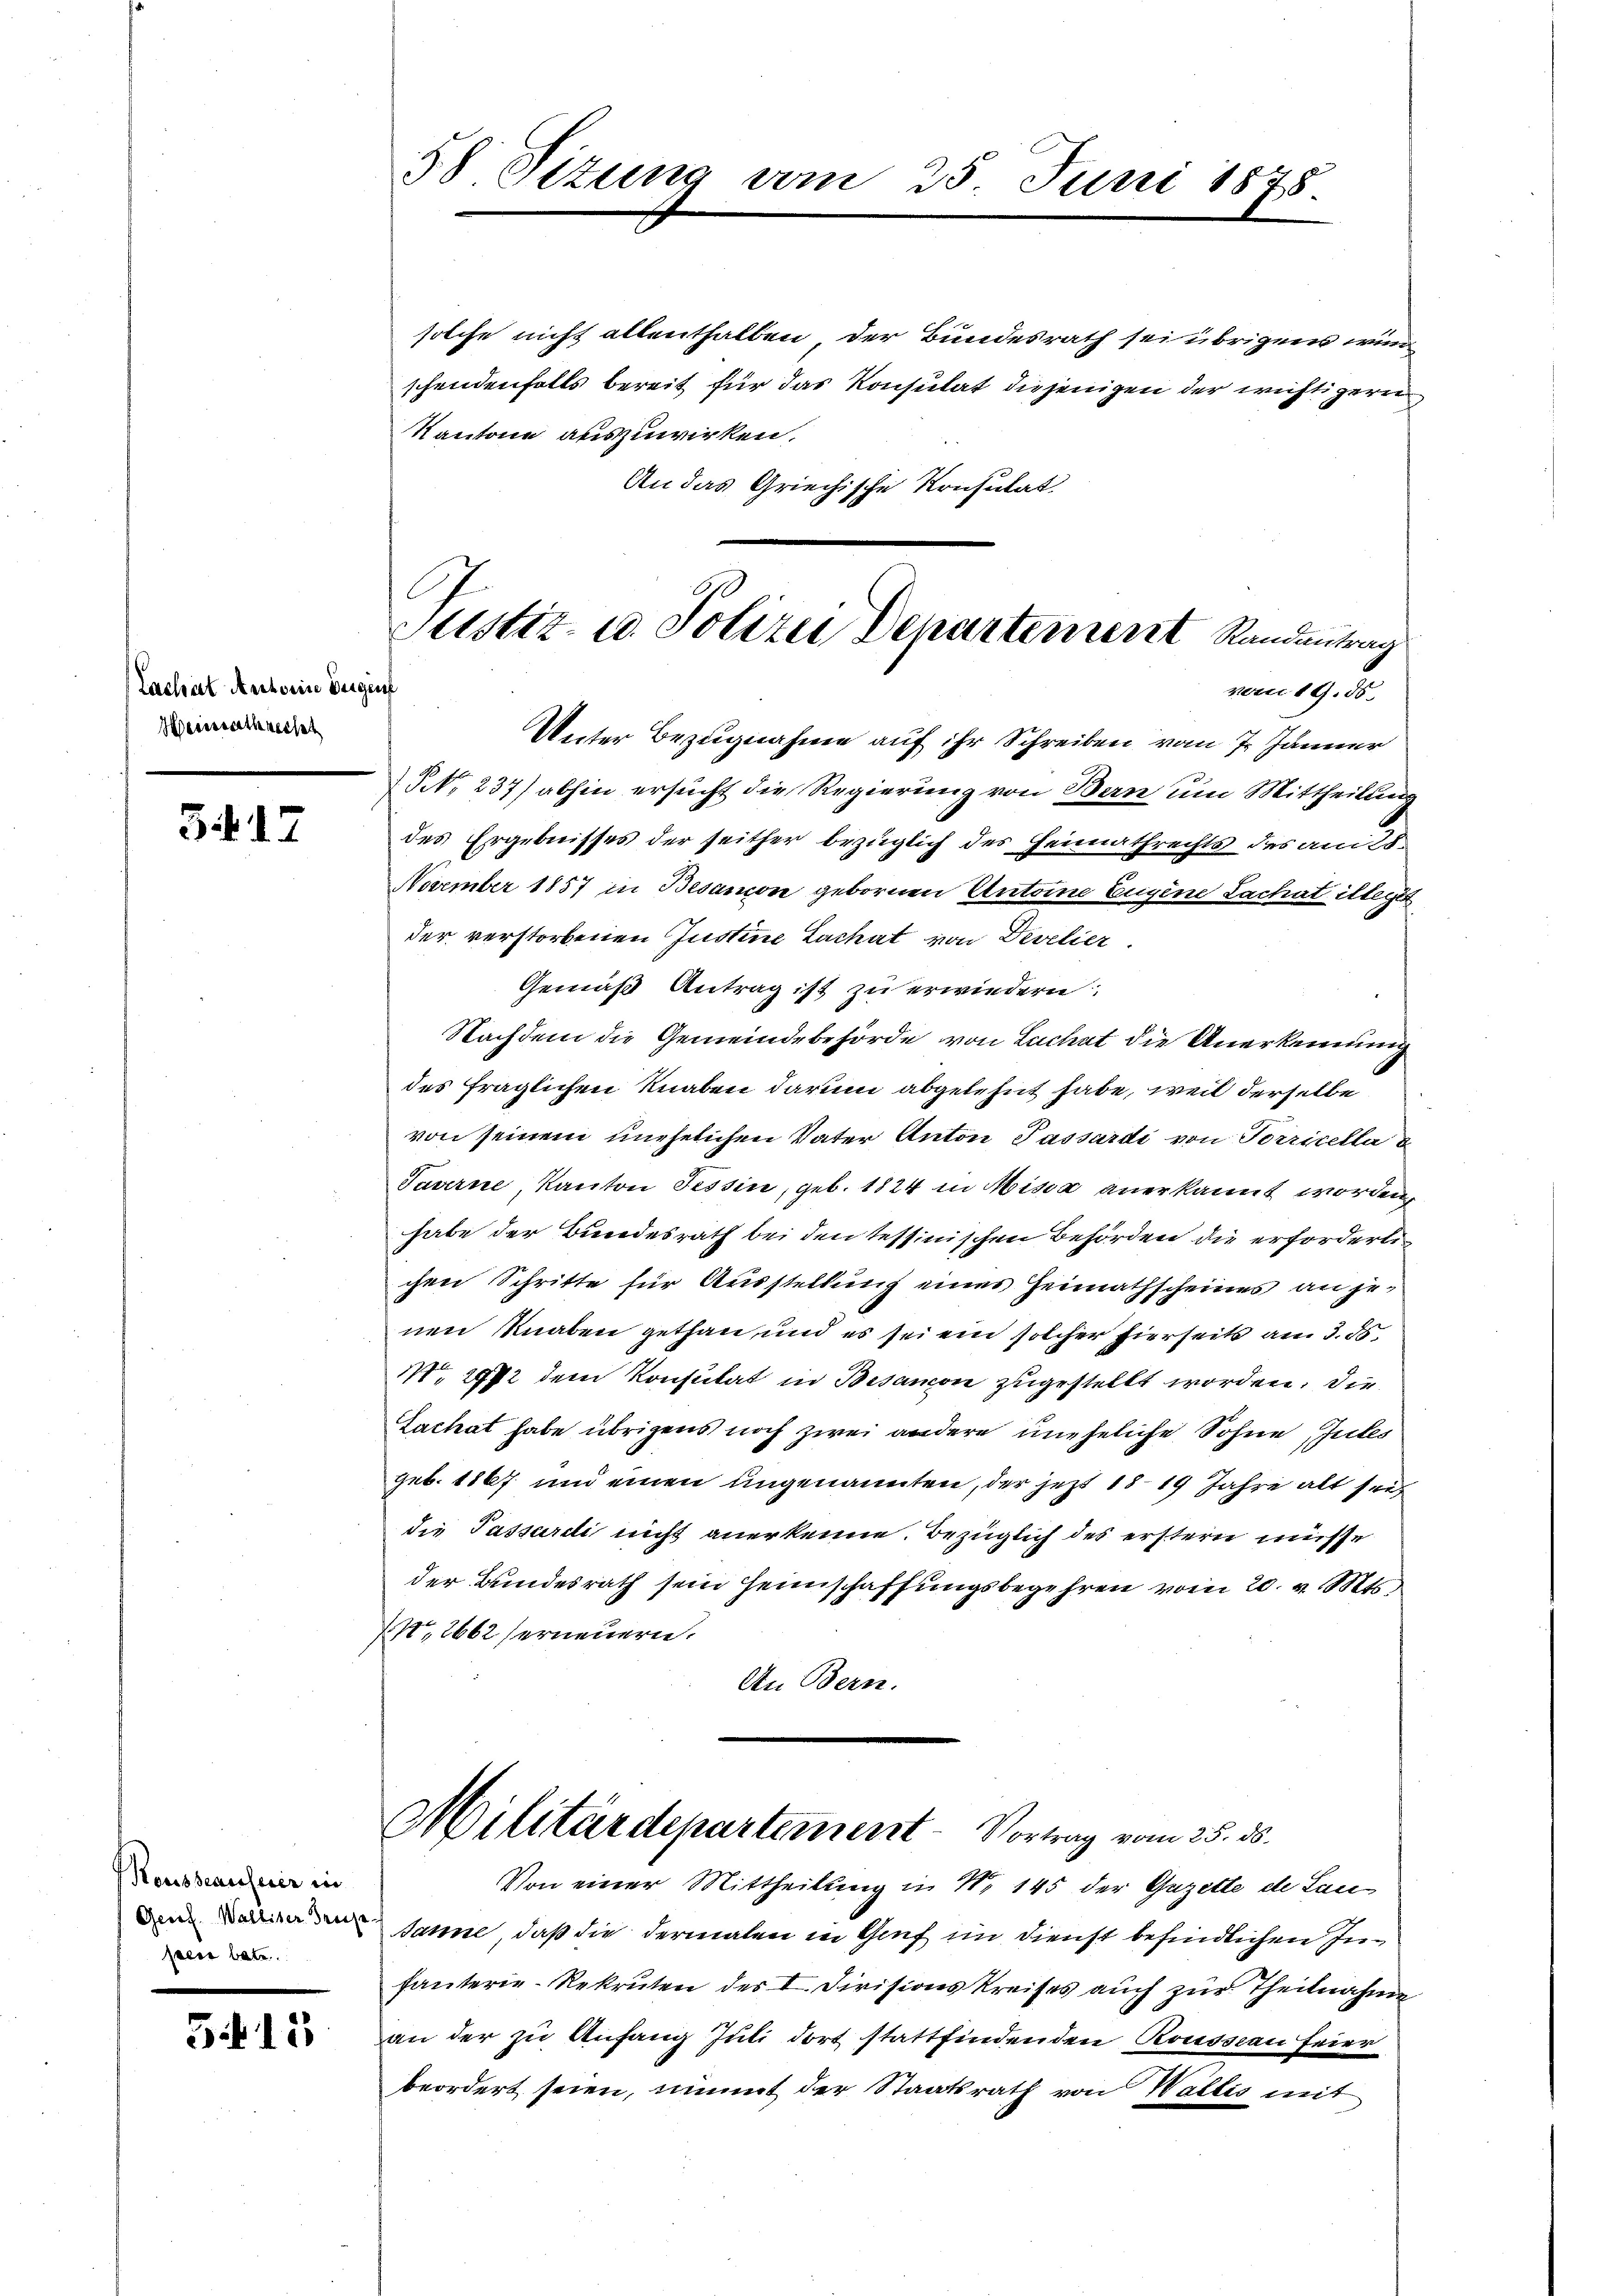
Zachat Antoine Begrif
Heisschreise

3. 17

Housseausserer in
Geret. Walliser Preis
pen betr.

5.11

58 Sizung vom 25. Juni 1875.

Justiz- u. Polizei Departement Randantrag
vom 19. ds.
Unter Bezugnahme auf ihr Schreiben vom 7. Jänner

solche nicht allenthalben der Bundesrath sei übrigens wun
schendenfalls bereit für das Konsulat diejenigen der wichtigern
Kantone auszuwirken.
An das Griechische Konsulat
 NNo. 237) abhin ersucht die Regierung von Bern um Mittheilung
des Ergebnisses der seither bezüglich des Heimathrechts des am 25
November 1857 in Besanion gebornen Antoine Eugene Lachet illegit
der verstorbenen Justine Lachat von Develier
Gemäß Antrag ist zu erwiedern
Nachdem die Gemeindebehörde von Lachat die Anerkennung
des fraglichen Knaben darum abgelehnt habe, weil derselbe
von seinem unehelichen Vater Anton Passardi von Torricella
Taverne Kanton Tessin, geb. 1824 in Missa anerkannt worden,
habe der Bundesrath bei den tessinischen Behörden die erforderlichen Schritte für Ausstellung eines Heimathscheines an jenen Knaben gethan, und es sei ein solcher hierseits am 3. ds.
 2972 dem Konsulat in Besamon zugestellt worden. Die
Zachat habe übrigens noch zwei andere uneheliche Sohne Zules
geb. 1867 und einen ungenannten, der jetzt 1819 Jahre alt sei
die Passardi nicht anerkenne. Bezüglich des erstern müsse
der Bundesrath sein Heimschaffungsbegehren vom 20. v. Mts.
Nro 2662 ferneuern.
An Bern.
Militärdepartement - Vortrag vom 25. ds.
Von einer Mittheilung in N. 145 der Gazette de Lau
Banne, daß die dermalen in Genf im Dienst befindlichen Infanterie-Rekruten des I. Divisionskreises auch zŭr Theilnahme
an der zu Anfang Juli dort stattfindenden Roussian feier
beordert seien, nimmt der Staatsrath von Wallis mit